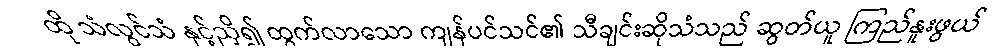
ထို သံလွင်သံ နှင့်ညှိ၍ ထွက်လာသော ကျန်ပင်သင်၏ သီချင်းဆိုသံသည် ဆွတ်ယူ ကြည်နူးဖွယ်